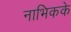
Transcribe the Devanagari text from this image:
नाभिकके